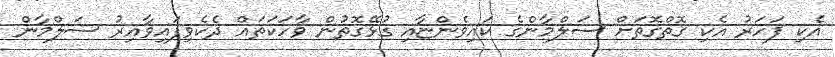
އެކި ފަހަރު އެކި ގޮތްގޮތަށް ސަލްމާންގެ ކައިވެންޏާއި ގުޅޭގޮތުން ވާހަކަތައް ދެކެވިފައިވާއިރު ސަލްމާން